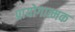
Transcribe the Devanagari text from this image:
प्रायोगात्मक